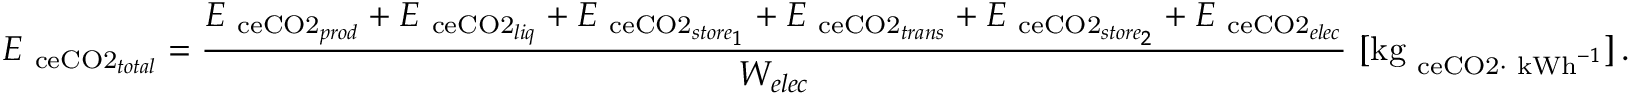
E _ { \mathrm { \ c e { C O 2 } } _ { t o t a l } } = \frac { E _ { \mathrm { \ c e { C O 2 } } _ { p r o d } } + E _ { \mathrm { \ c e { C O 2 } } _ { l i q } } + E _ { \mathrm { \ c e { C O 2 } } _ { s t o r e _ { 1 } } } + E _ { \mathrm { \ c e { C O 2 } } _ { t r a n s } } + E _ { \mathrm { \ c e { C O 2 } } _ { s t o r e _ { 2 } } } + E _ { \mathrm { \ c e { C O 2 } } _ { e l e c } } } { W _ { e l e c } } \ [ \mathrm { k g } _ { \mathrm { \ c e { C O 2 } } \cdot \ \mathrm { k W h } ^ { - 1 } } ] \, .